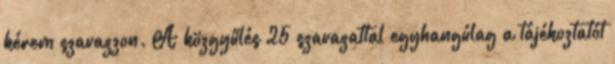
kérem szavazzon. A közgyűlés 25 szavazattal egyhangúlag a tájékoztatót